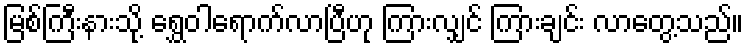
မြစ်ကြီးနားသို့ ရွှေဝါရောက်လာပြီဟု ကြားလျှင် ကြားချင်း လာတွေ့သည်။